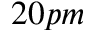
2 0 p m